Madras plague regulations and rules - Volume 1
Disease focus: Plague
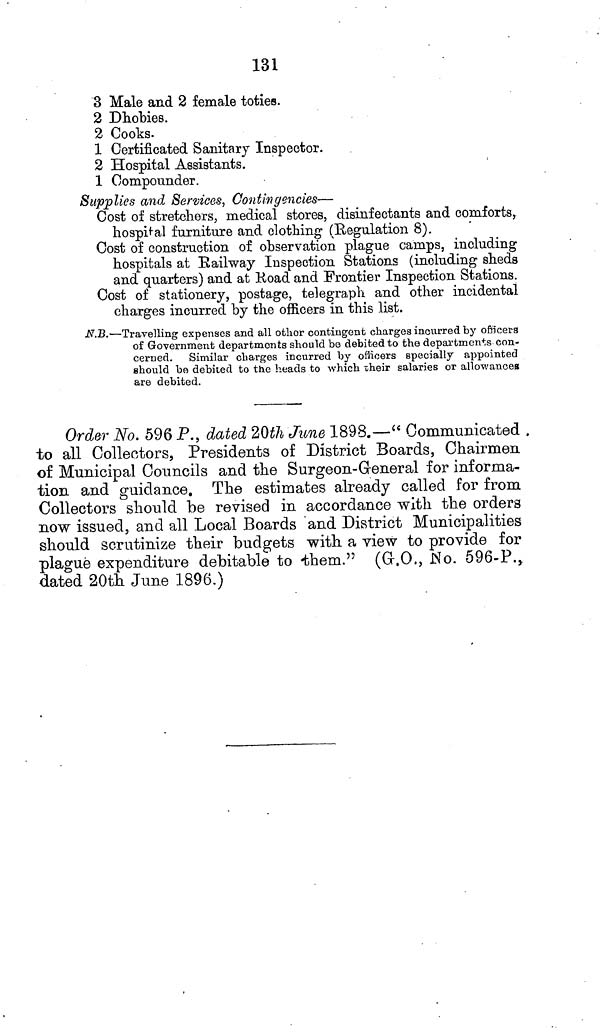
131
3 Male and 2 female toties.
2 Dhohies.
2 Cooks.
1 Certificated Sanitary Inspector.
2 Hospital Assistants.
1 Compounder.
Supplies and Services, Contingencies—
Cost of stretchers, medical stores, disinfectants and comforts,
hospital furniture and clothing (Regulation 8).
Cost of construction of ohservation plague camps, including
hospitals at Railway Inspection Stations (including sheds
and quarters) and at Road and Frontier Inspection Stations.
Cost of stationery, postage, telegraph and other incidental
charges incurred by the officers in this list.
N.B.—Travelling expenses and all other contingent charges incurred by officers
of Government departments should be debited to the departments con-
cerned. Similar charges incurred by officers specially appointed
should be debited to the heads to which their salaries or allowances
are debited.
Order No. 596 P., dated 20th June 1898.—" Communicated
to all Collectors, Presidents of District Boards, Chairmen
of Municipal Councils and the Surgeon-General for informa-
tion and guidance. The estimates already called for from
Collectors should be revised in accordance with the orders
now issued, and all Local Boards and District Municipalities
should scrutinize their budgets with, a view to provide for
plague expenditure debitable to them." (G.O., No. 596-P.,
dated 20th June 1896.)